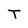
Character: T